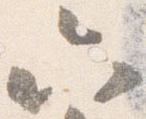
六